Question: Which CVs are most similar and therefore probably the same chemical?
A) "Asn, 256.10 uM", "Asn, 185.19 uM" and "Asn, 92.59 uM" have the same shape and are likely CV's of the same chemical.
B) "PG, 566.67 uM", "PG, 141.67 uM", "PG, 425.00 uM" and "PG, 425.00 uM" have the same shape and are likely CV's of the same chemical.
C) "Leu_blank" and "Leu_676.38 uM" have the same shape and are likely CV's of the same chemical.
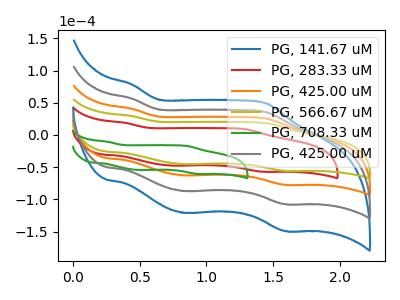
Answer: <think>The blue curve "PG, 141.67 uM" has anodic peaks at (0.45V, 122.15uA) (1.45V, 75.85uA) and cathodic peaks at (0.85V, -188.15uA) (1.60V, -232.15uA). The red curve "PG, 283.33 uM" has anodic peaks at (0.40V, 18.75uA) (1.30V, 8.85uA) and cathodic peaks at (0.75V, -47.60uA) (1.40V, -57.00uA). The orange curve "PG, 425.00 uM" has anodic peaks at (0.45V, 40.70uA) (1.45V, 25.30uA) and cathodic peaks at (0.85V, -62.70uA) (1.60V, -77.40uA). The olive curve "PG, 566.67 uM" has anodic peaks at (0.45V, 29.35uA) (1.45V, 18.20uA) and cathodic peaks at (0.85V, -45.20uA) (1.60V, -55.75uA). The green curve "PG, 708.33 uM" has anodic peaks at (0.25V, -10.50uA) (0.85V, -17.05uA) and cathodic peaks at (0.50V, -54.30uA) (0.95V, -60.50uA). The gray curve "PG, 425.00 uM" has anodic peaks at (0.45V, 81.45uA) (1.45V, 50.60uA) and cathodic peaks at (0.85V, -125.45uA) (1.60V, -154.80uA).
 "PG, 141.67 uM" and "PG, 283.33 uM" have at least one peak that do not match. All the peaks in "PG, 141.67 uM" have a peak in "PG, 425.00 uM" at the same potential. Every peak in "PG, 141.67 uM" is higher than every peak in "PG, 425.00 uM". All the peaks in "PG, 141.67 uM" have a peak in "PG, 566.67 uM" at the same potential. Every peak in "PG, 141.67 uM" is higher than every peak in "PG, 566.67 uM". "PG, 141.67 uM" and "PG, 708.33 uM" have at least one peak that do not match. All the peaks in "PG, 141.67 uM" have a peak in "PG, 425.00 uM" at the same potential. Every peak in "PG, 141.67 uM" is higher than every peak in "PG, 425.00 uM". "PG, 283.33 uM" and "PG, 425.00 uM" have at least one peak that do not match. "PG, 283.33 uM" and "PG, 566.67 uM" have at least one peak that do not match. "PG, 283.33 uM" and "PG, 708.33 uM" have at least one peak that do not match. "PG, 283.33 uM" and "PG, 425.00 uM" have at least one peak that do not match. All the peaks in "PG, 425.00 uM" have a peak in "PG, 566.67 uM" at the same potential. Every peak in "PG, 425.00 uM" is higher than every peak in "PG, 566.67 uM". "PG, 425.00 uM" and "PG, 708.33 uM" have at least one peak that do not match. All the peaks in "PG, 425.00 uM" have a peak in "PG, 425.00 uM" at the same potential. Every peak in "PG, 425.00 uM" is lower than every peak in "PG, 425.00 uM". "PG, 566.67 uM" and "PG, 708.33 uM" have at least one peak that do not match. All the peaks in "PG, 566.67 uM" have a peak in "PG, 425.00 uM" at the same potential. Every peak in "PG, 566.67 uM" is lower than every peak in "PG, 425.00 uM". "PG, 708.33 uM" and "PG, 425.00 uM" have at least one peak that do not match.</think>
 <answer>B) "PG, 566.67 uM", "PG, 141.67 uM", "PG, 425.00 uM" and "PG, 425.00 uM" have the same shape and are likely CV's of the same chemical.</answer>
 <eval>B</eval>